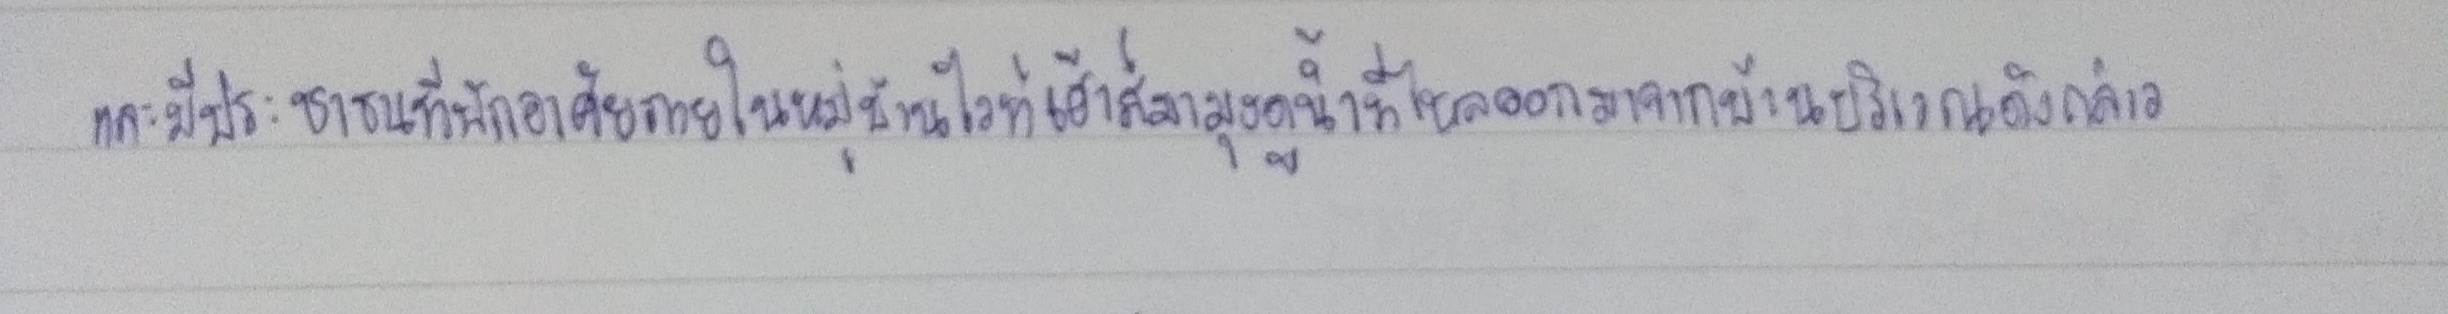
และมีประชาชนที่พักอาศัยภายในหมู่บ้านไวท์เฮ้าส์มามุงดูน้ำที่ไหลออกมาจากบ้านบริเวณดังกล่าว